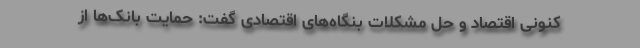
کنونی اقتصاد و حل مشکلات بنگاه‌های اقتصادی گفت: حمایت بانک‌ها از